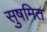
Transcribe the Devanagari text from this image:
सुषमित